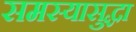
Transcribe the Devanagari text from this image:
समस्यासुद्धा